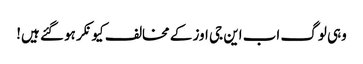
وہی لوگ اب این جی اوز کے مخالف کیونکر ہو گئے ہیں!